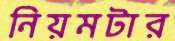
নিয়মটার